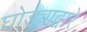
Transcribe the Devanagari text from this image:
घोड्याद्वारे